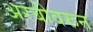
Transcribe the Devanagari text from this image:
अरबीवरून